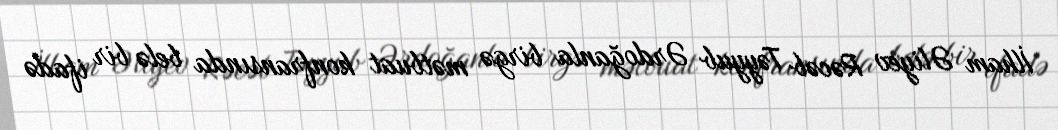
İlham Əliyev Rəcəb Təyyub Ərdoğanla birgə mətbuat konfransında belə bir ifadə